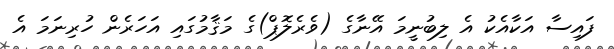
ފައިސާ އަކާއެކު އެ ލިބުނީމަ އޭނާގެ (ވެރެލޮޕް)ގެ މަޤާމުގައި އަހަރެން ހުރިނަމަ އެ